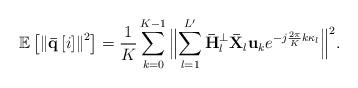
LaTeX: \begin{align*} {\mathbb E}\left[ {{{\left\| {{\bf{\bar q}}\left[i \right]} \right\|}^2}} \right] = \frac{1}{K}\sum\limits_{k = 0}^{K - 1} {{{\Big\| {\sum\limits_{{l} = 1}^{L'} {{{\bf{\bar H}}_{l}^ \bot {\bf{\bar X}}_{l} }{{\bf{u}}_k}{e^{ - j\frac{{2\pi }}{{K}}k{\kappa _{l}}}}} } \Big\|^2}}}. \end{align*}